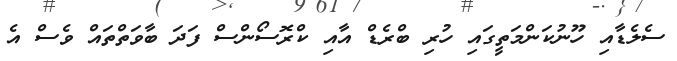
ސެލެޑާއި ހޫނުކަންމަތީގައި ހުރި ބްރެޑް އާއި ކްރޮސޯންސް ފަދަ ބާވަތްތައް ވެސް އެ